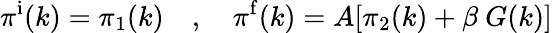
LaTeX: \pi^{\mathrm{i}}(k)=\pi_{1}(k)\quad,\quad\pi^{\mathrm{f}}(k)=A[\pi_{2}(k)+\beta\ G(k)]